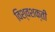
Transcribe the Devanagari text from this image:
विश्वशक्ती